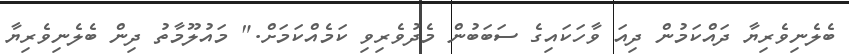
ބެލެނިވެރިޔާ ދައްކަމުން ދިއަ ވާހަކައިގެ ސަބަބުން މެދުވެރިވި ކަމެއްކަމަށް." މައުލޫމާތު ދިން ބެލެނިވެރިޔާ